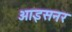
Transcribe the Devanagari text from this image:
आइसनर